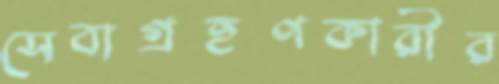
সেবাগ্রহণকারীর